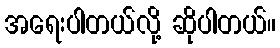
အရေးပါတယ်လို့ ဆိုပါတယ်။